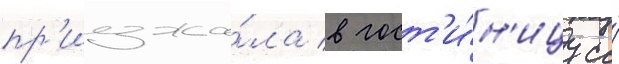
пр'иезжа́ла в гост'и́н'ицу со́